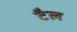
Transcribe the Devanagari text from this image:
टैल